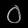
Digit: ၀